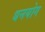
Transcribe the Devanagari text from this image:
धनयोग